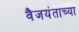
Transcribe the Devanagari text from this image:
वैजयंताच्या